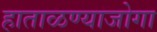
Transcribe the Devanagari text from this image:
हाताळण्याजोगा